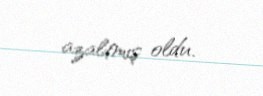
azaltmış oldu.